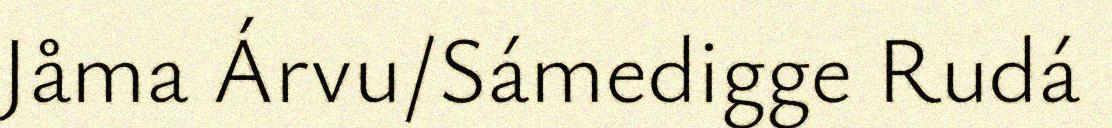
Jåma Árvu/Sámedigge Rudá